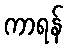
ကာရန်